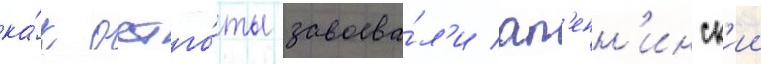
ка́к остго́ты завоева́л'и ап'енн'инск'ии